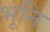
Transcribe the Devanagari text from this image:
भूनि